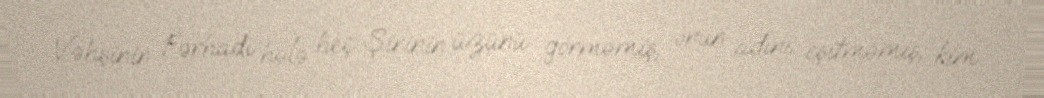
Vəhşinin Fərhadı hələ heç Şirinin üzünü görməmiş, onun adını eşitməmiş, kim